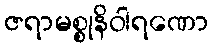
ဇရာမစ္စုနိဝါရဏော